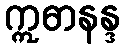
ဣဓာနန္ဒ